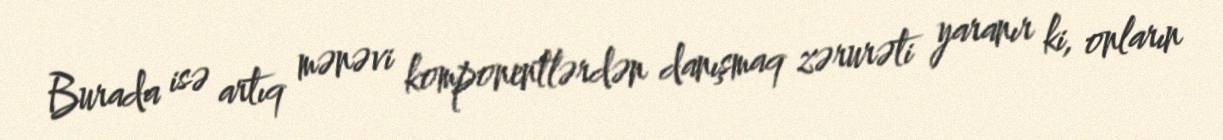
Burada isə artıq mənəvi komponentlərdən danışmaq zərurəti yaranır ki, onların